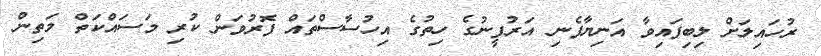
ރުހައިލަށް ލިބިފައިވާ އަނިޔާފެނި އަރުފީނުގެ ހިތުގެ އިހުސާސްތައް ފޮރުވަން ކުރި މަސައްކަތް މަތިން